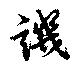
譏